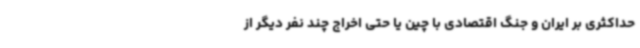
حداکثری بر ایران و جنگ اقتصادی با چین یا حتی اخراج چند نفر دیگر از